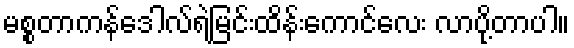
မစ္စတာကန်ဒေါလ်ရဲ့မြင်းထိန်းကောင်လေး လာပို့တာပါ။